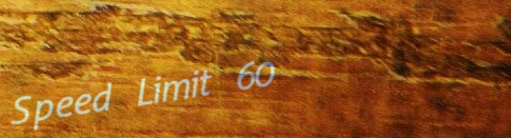
Speed Limit 60